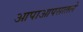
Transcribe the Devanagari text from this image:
आपाआपसातले